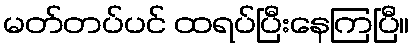
မတ်တပ်ပင် ထရပ်ပြီးနေကြပြီ။